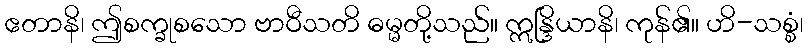
ဧတာနိ၊ ဤစက္ခုစသော ဗာဝီသတိ ဓမ္မတို့သည်။ ဣန္ဒြိယာနိ၊ ကုန်၏။ ဟိ-သစ္စံ၊